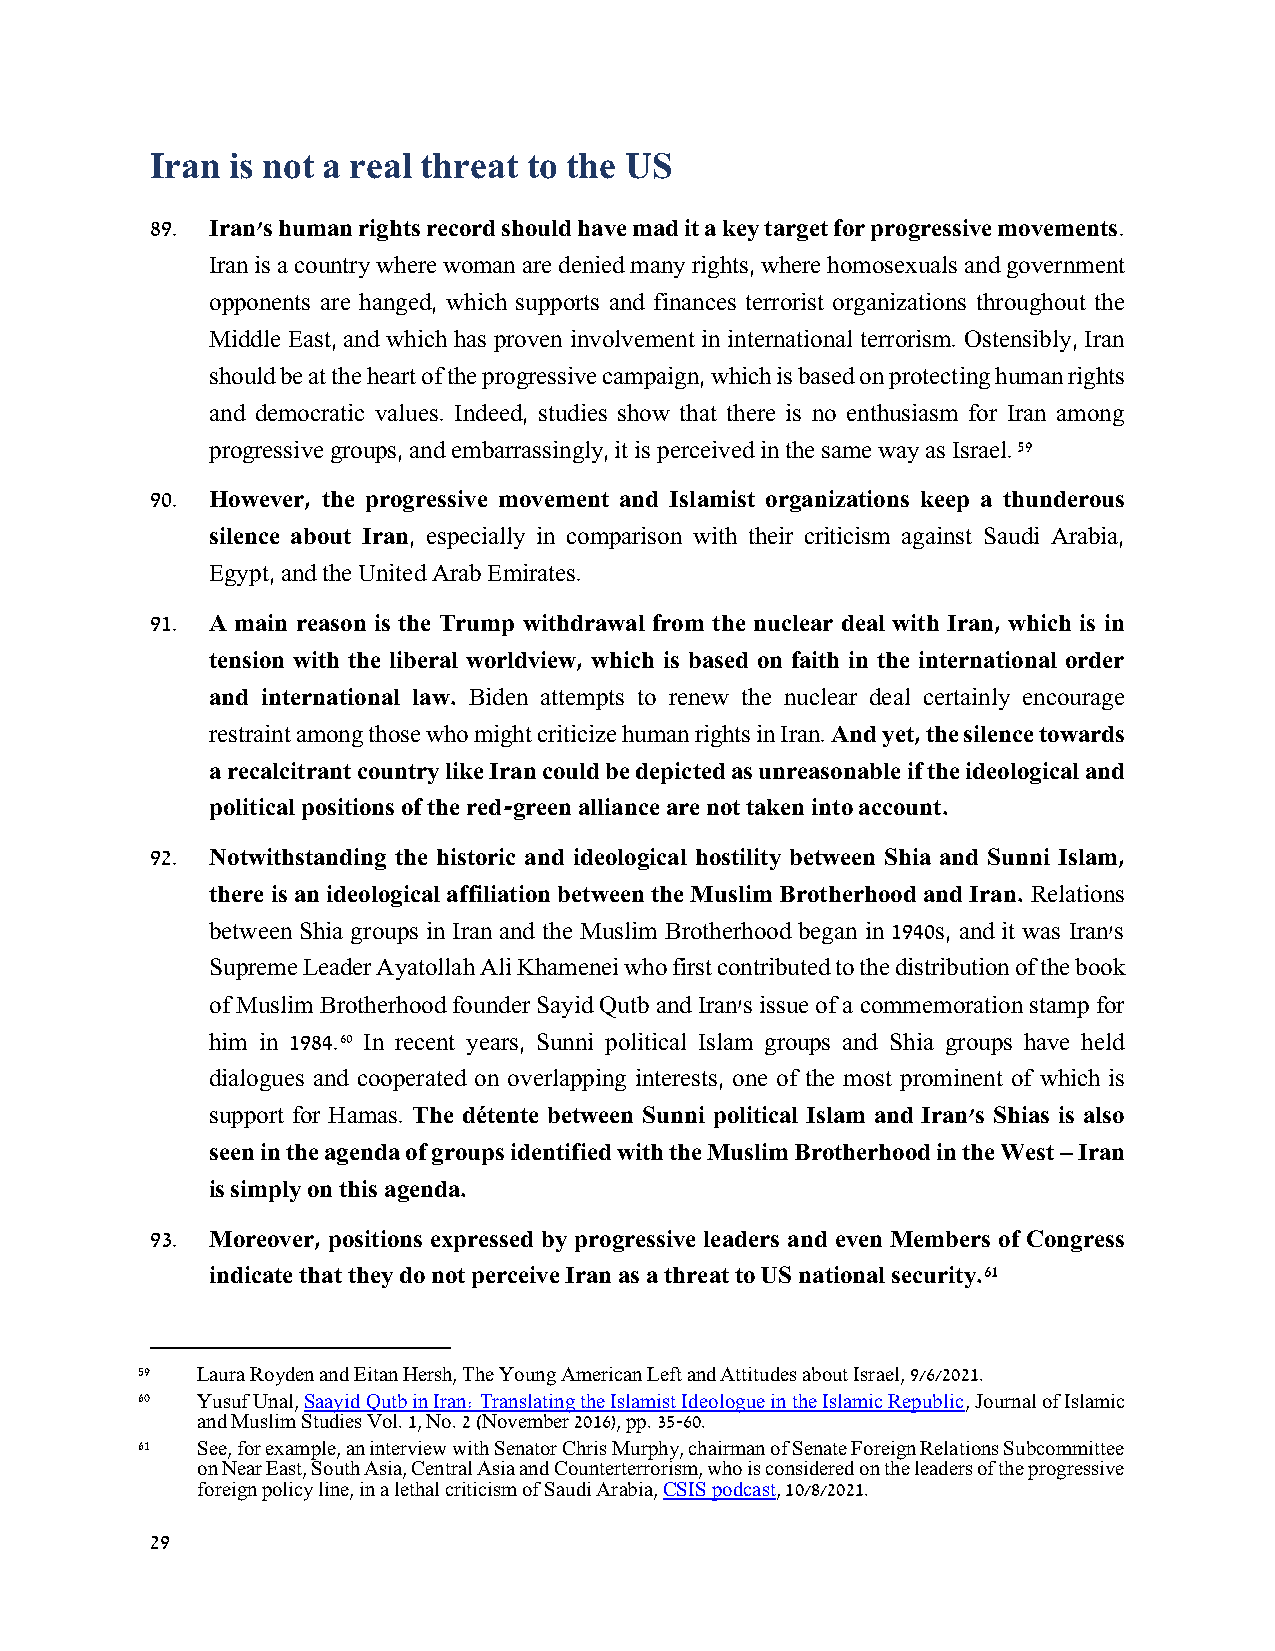
Iran is not a real threat to the US
 89. Iran's human rights record should have mad it a key target for progressive movements.
 Iran is a country where woman are denied many rights, where homosexuals and government
 opponents are hanged, which supports and finances terrorist organizations throughout the
 Middle East, and which has proven involvement in international terrorism. Ostensibly, Iran
 should be at the heart of the progressive campaign, which is based on protecting human rights
 and democratic values. Indeed, studies show that there is no enthusiasm for Iran among
 progressive groups, and embarrassingly, it is perceived in the same way as Israel. 59
 90. However, the progressive movement and Islamist organizations keep a thunderous
 silence about Iran, especially in comparison with their criticism against Saudi Arabia,
 Egypt, and the United Arab Emirates.
 91. A main reason is the Trump withdrawal from the nuclear deal with Iran, which is in
 tension with the liberal worldview, which is based on faith in the international order
 and international law. Biden attempts to renew the nuclear deal certainly encourage
 restraint among those who might criticize human rights in Iran. And yet, the silence towards
 a recalcitrant country like Iran could be depicted as unreasonable if the ideological and
 political positions of the red-green alliance are not taken into account.
 92. Notwithstanding the historic and ideological hostility between Shia and Sunni Islam,
 there is an ideological affiliation between the Muslim Brotherhood and Iran. Relations
 between Shia groups in Iran and the Muslim Brotherhood began in 1940s, and it was Iran's
 Supreme Leader Ayatollah Ali Khamenei who first contributed to the distribution of the book
 of Muslim Brotherhood founder Sayid Qutb and Iran's issue of a commemoration stamp for
 him in 1984.60 In recent years, Sunni political Islam groups and Shia groups have held
 dialogues and cooperated on overlapping interests, one of the most prominent of which is
 support for Hamas. The détente between Sunni political Islam and Iran's Shias is also
 seen in the agenda of groups identified with the Muslim Brotherhood in the West – Iran
 is simply on this agenda.
 93. Moreover, positions expressed by progressive leaders and even Members of Congress
 indicate that they do not perceive Iran as a threat to US national security.61
 59  Laura Royden and Eitan Hersh, The Young American Left and Attitudes about Israel, 9/6/2021.
 60  Yusuf Unal, Saayid Qutb in Iran: Translating the Islamist Ideologue in the Islamic Republic, Journal of Islamic
 and Muslim Studies Vol. 1, No. 2 (November 2016), pp. 35-60.
 61  See, for example, an interview with Senator Chris Murphy, chairman of Senate Foreign Relations Subcommittee
 on Near East, South Asia, Central Asia and Counterterrorism, who is considered on the leaders of the progressive
 foreign policy line, in a lethal criticism of Saudi Arabia, CSIS podcast, 10/8/2021.
 29